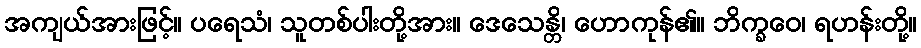
အကျယ်အားဖြင့်။ ပရေသံ၊ သူတစ်ပါးတို့အား။ ဒေသေန္တိ၊ ဟောကုန်၏။ ဘိက္ခဝေ၊ ရဟန်းတို့။